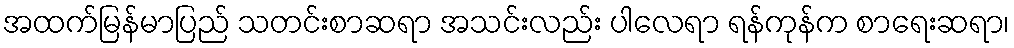
အထက်မြန်မာပြည် သတင်းစာဆရာ အသင်းလည်း ပါလေရာ ရန်ကုန်က စာရေးဆရာ၊